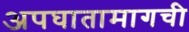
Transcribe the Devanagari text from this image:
अपघातामागची